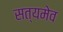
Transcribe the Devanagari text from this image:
सत्‍यमेव